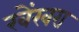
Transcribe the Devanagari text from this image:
खेंखरा